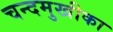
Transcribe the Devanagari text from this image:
चन्दमुखीका